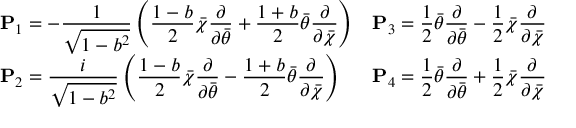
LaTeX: \begin{array} { l l } { { \displaystyle { \bf P } _ { 1 } = - \frac { 1 } { \sqrt { 1 - b ^ { 2 } } } \left( \frac { 1 - b } { 2 } \bar { \chi } \frac \partial { \partial \bar { \theta } } + \frac { 1 + b } { 2 } \bar { \theta } \frac \partial { \partial \bar { \chi } } \right) } } & { { \displaystyle { \bf P } _ { 3 } = \frac 1 2 \bar { \theta } \frac \partial { \partial \bar { \theta } } - \frac 1 2 \bar { \chi } \frac \partial { \partial \bar { \chi } } } } \\ { { \displaystyle { \bf P } _ { 2 } = \frac { i } { \sqrt { 1 - b ^ { 2 } } } \left( \frac { 1 - b } { 2 } \bar { \chi } \frac \partial { \partial \bar { \theta } } - \frac { 1 + b } { 2 } \bar { \theta } \frac \partial { \partial \bar { \chi } } \right) } } & { { \displaystyle { \bf P } _ { 4 } = \frac 1 2 \bar { \theta } \frac \partial { \partial \bar { \theta } } + \frac 1 2 \bar { \chi } \frac \partial { \partial \bar { \chi } } } } \end{array}